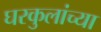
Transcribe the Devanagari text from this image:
घरकुलांच्या